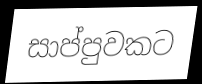
සාප්පුවකට